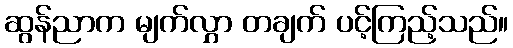
ဆွန်ညာက မျက်လွှာ တချက် ပင့်ကြည့်သည်။